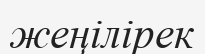
жеңілірек